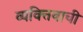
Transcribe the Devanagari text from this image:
व्यक्‍तिवाची